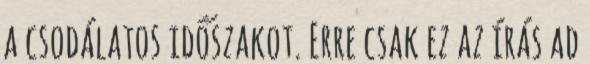
a csodálatos időszakot. Erre csak ez az írás ad